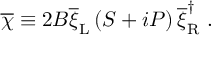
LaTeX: \overline { { { \chi } } } \equiv 2 B \overline { { { \xi } } } _ { \mathrm { L } } \left( S + i P \right) \overline { { { \xi } } } _ { \mathrm { R } } ^ { \dag } \ .